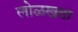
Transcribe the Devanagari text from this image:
लोळखता